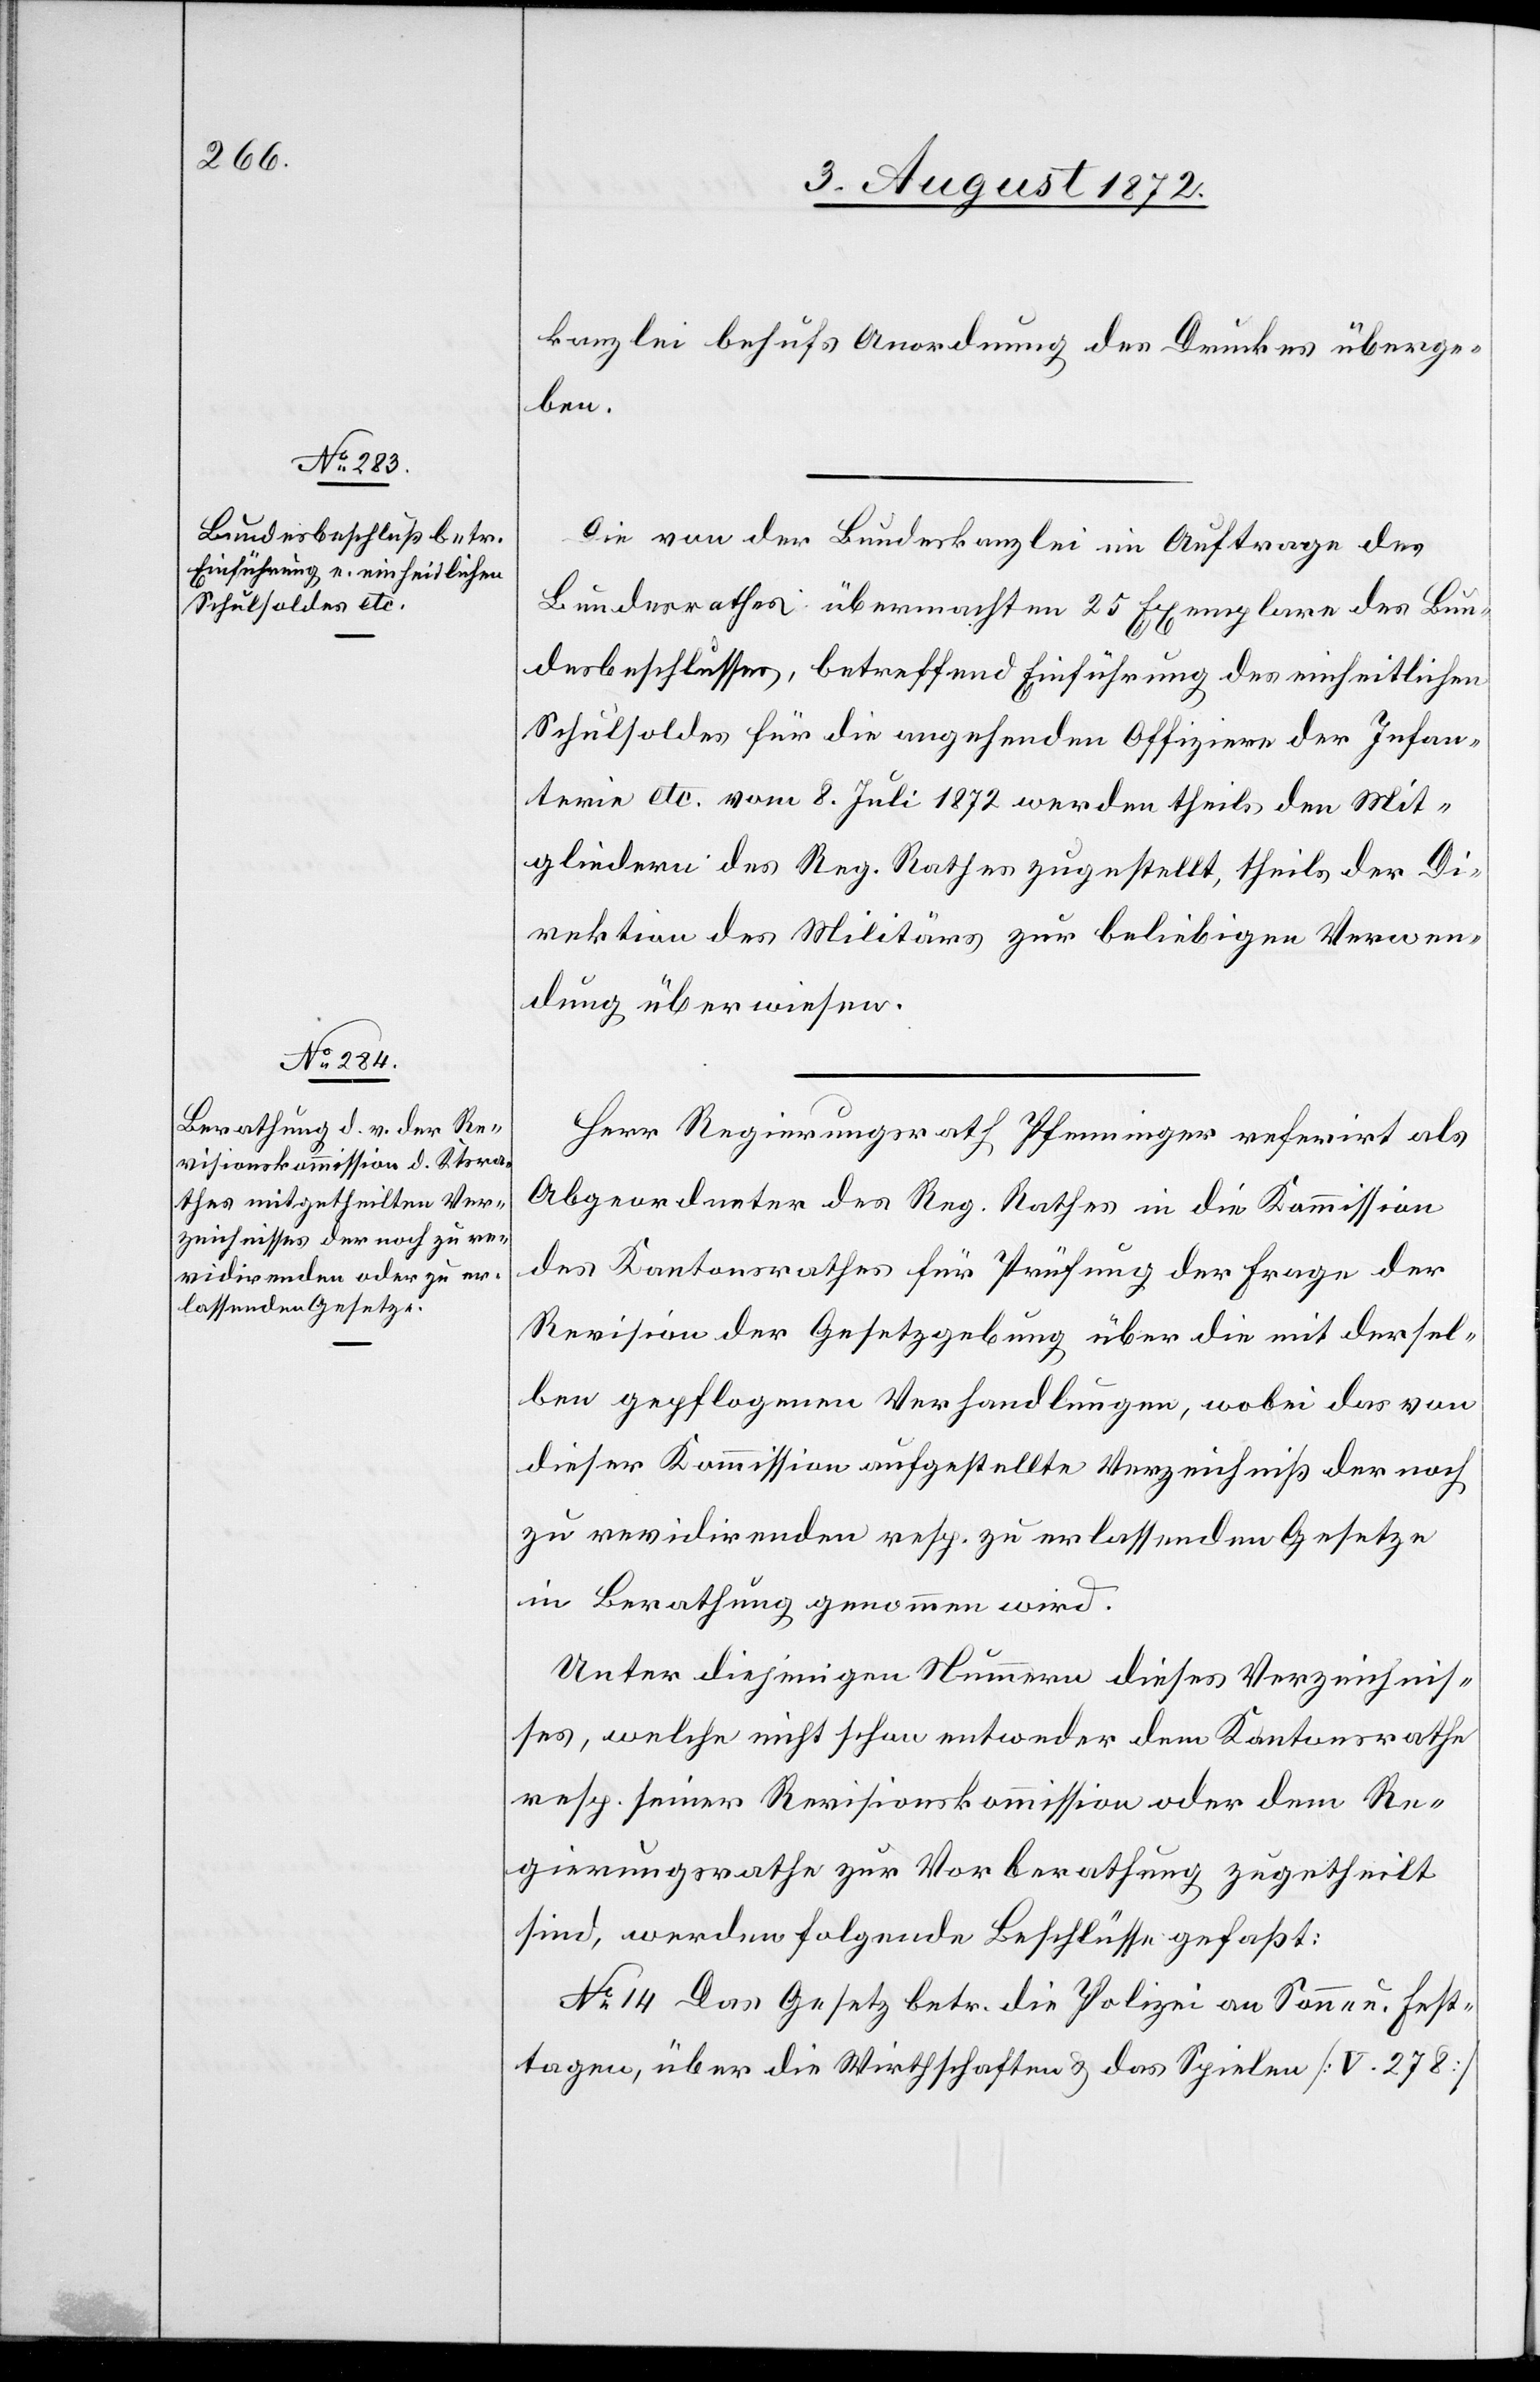
kanzlei behufs Anordnung des Druckes überge¬
ben.
Die von der Bundeskanzlei im Auftrage des
Bundesrathes übermachten 25 Exemplare des Bun¬
desbeschlusses, betreffend Einführung des einheitlichen
Schulsoldes für die angehenden Offiziere der Infan¬
terie etc. vom 8. Juli 1872 werden theils den Mit¬
gliedern des Reg. Rathes zugestellt, theils der Di¬
rektion des Militärs zur beliebigen Verwen¬
dung überwiesen.